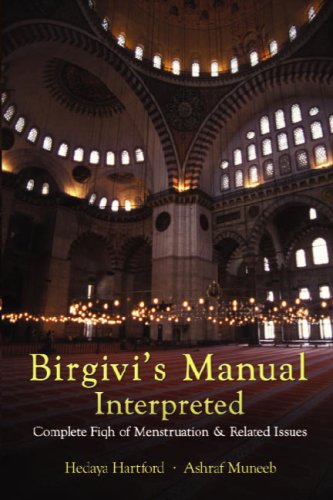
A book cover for Birgivi's Manual Interpretted: Complete Fiqh of Menstruation & Related Issues; Hedaya Hartford and Ashraf Muneeb; Health, Fitness & Dieting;